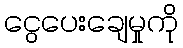
ငွေပေးချေမှုကို